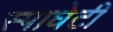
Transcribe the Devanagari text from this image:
स्पाघेटी